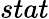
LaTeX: stat